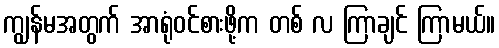
ကျွန်မအတွက် အာရုံဝင်စားဖို့က တစ် လ ကြာချင် ကြာမယ်။